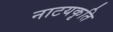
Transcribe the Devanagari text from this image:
नाटयकृति